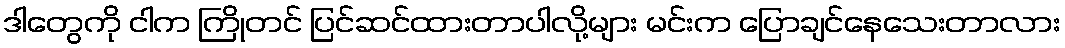
ဒါတွေကို ငါက ကြိုတင် ပြင်ဆင်ထားတာပါလို့များ မင်းက ပြောချင်နေသေးတာလား